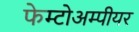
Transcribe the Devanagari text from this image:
फेम्टोअम्पीयर